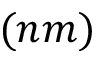
( n m )